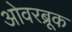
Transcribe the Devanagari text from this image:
ओवरब्रूक